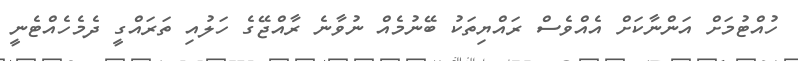
ހުއްޓުމަށް އަންނާކަށް އެއްވެސް ރައްޔިތަކު ބޭނުމެއް ނުވާނެ ރާއްޖޭގެ ހަލުއި ތަރައްގީ ދެމެހެއްޓެނީ